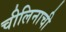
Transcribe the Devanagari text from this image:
चीलिनाची